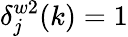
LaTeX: \delta_{j}^{w2}(k)=1